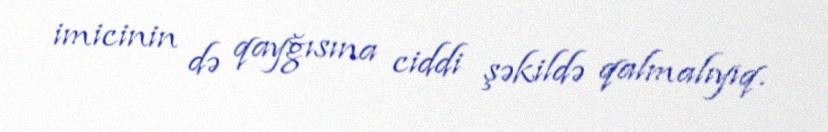
imicinin də qayğısına ciddi şəkildə qalmalıyıq.